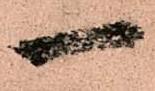
一